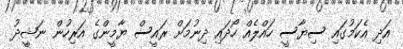
އަދި އެކަމުގައި ސިޔާސީ ހައްލެއް ހޯދައި ދިނުމަށް ރައީސް ޔާމީންގެ އަރިހުން ނަޝީދު